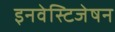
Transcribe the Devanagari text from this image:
इनवेस्टिजेषन